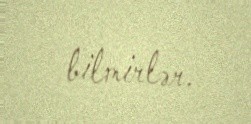
bilmirlər.